65_HS1-834228961_62-HQ-83894_Serial_220
Agency: FBI
Page 4
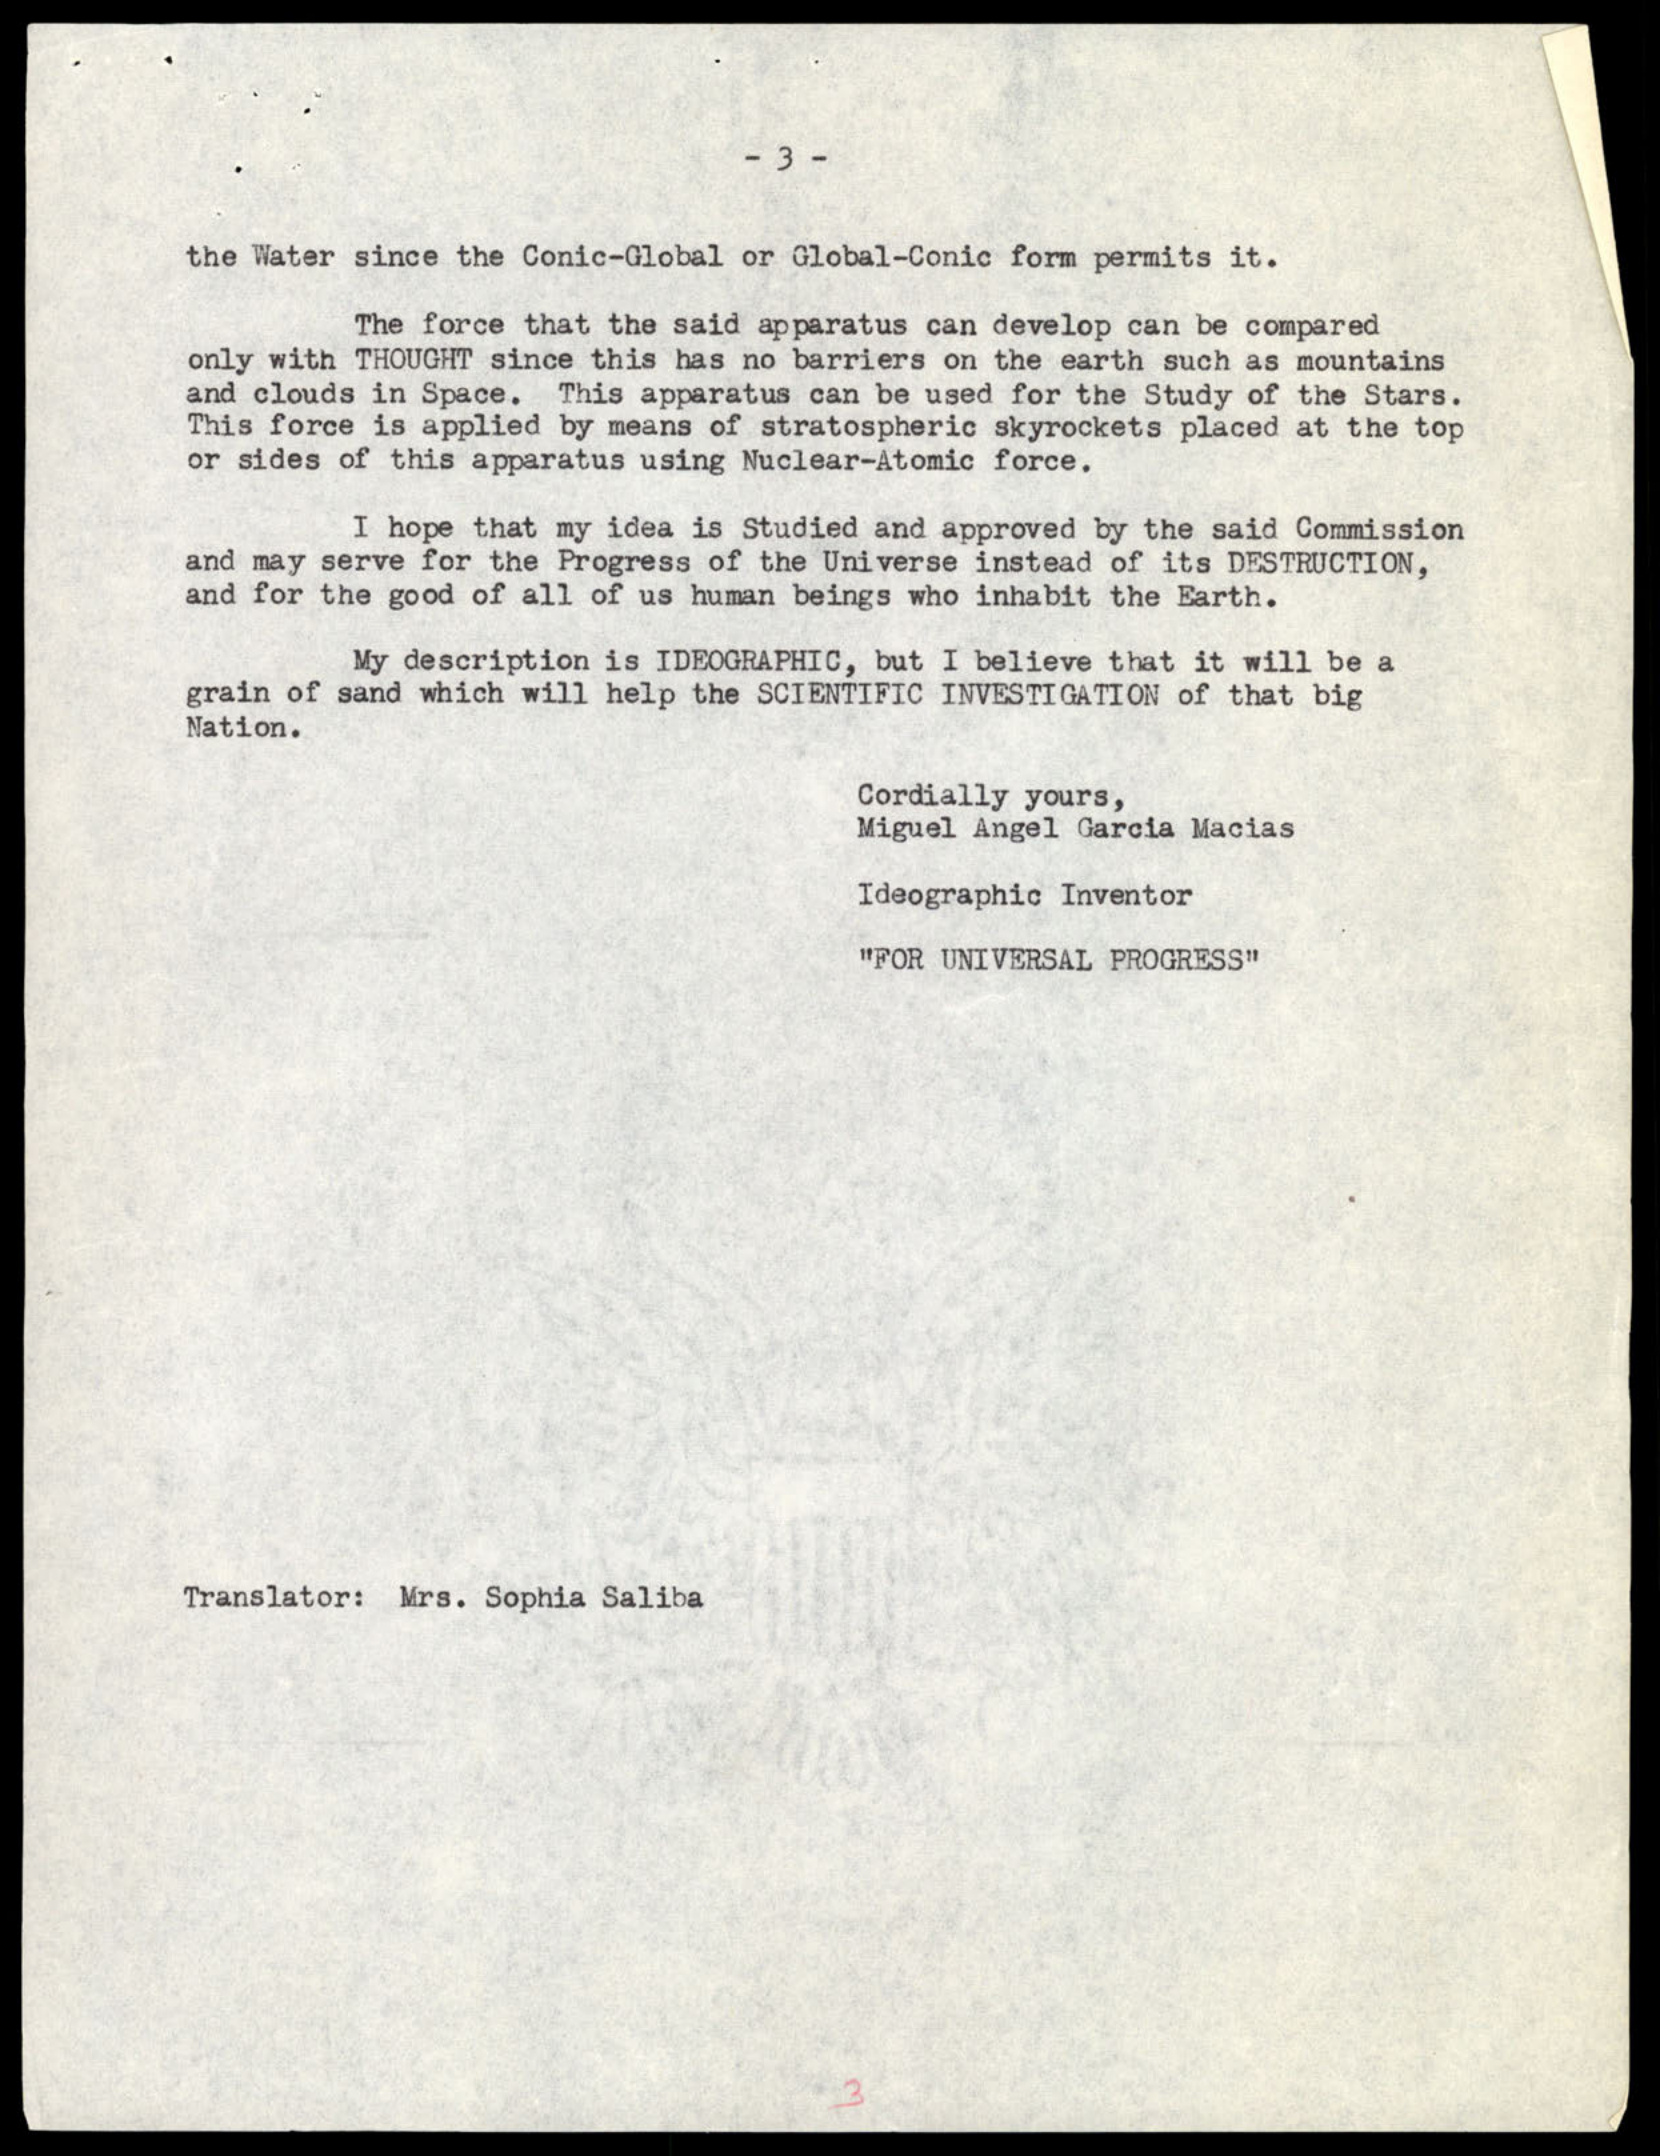